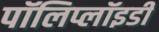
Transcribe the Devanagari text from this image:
पॉलिप्लॉइडी